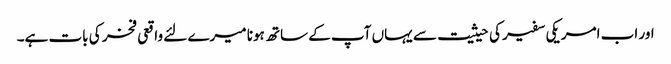
اور اب امریکی سفیر کی حیثیت سے یہاں آپ کے ساتھ ہونا میرے لئے واقعی فخر کی بات ہے۔